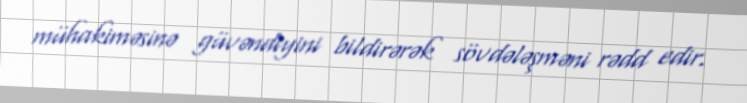
mühakiməsinə güvəndiyini bildirərək sövdələşməni rədd edir.